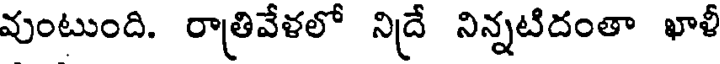
వుంటుంది. రాత్రివేళలో నిద్రే నిన్నటిదంతా ఖాళీ